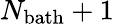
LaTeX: N_{\mathrm{bath}}+1